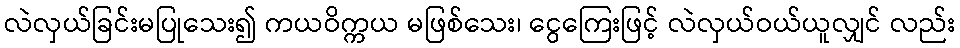
လဲလှယ်ခြင်းမပြုသေး၍ ကယဝိက္ကယ မဖြစ်သေး၊ ငွေကြေးဖြင့် လဲလှယ်ဝယ်ယူလျှင် လည်း